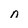
Character: n